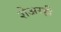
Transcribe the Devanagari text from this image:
शेअरही